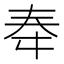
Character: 𫯠